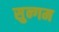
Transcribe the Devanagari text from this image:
सुन्गम